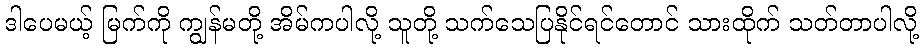
ဒါပေမယ့် မြက်ကို ကျွန်မတို့ အိမ်ကပါလို့ သူတို့ သက်သေပြနိုင်ရင်တောင် သားထိုက် သတ်တာပါလို့